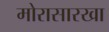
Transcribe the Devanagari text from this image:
मोरासारखा